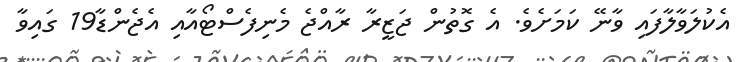
އެކުލަވާލާފައި ވާނޭ ކަމަށެވެ. އެ ގޮތުން ޖަޒީރާ ރާއްޖެ މެނިފެސްޓޯއާއި އެޖެންޑާ19 ގައިވާ